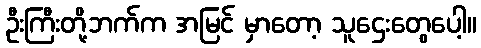
ဦးကြီးတို့ဘက်က အမြင် မှာတော့ သူဌေးတွေပေါ့။